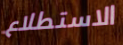
الاستطلاع